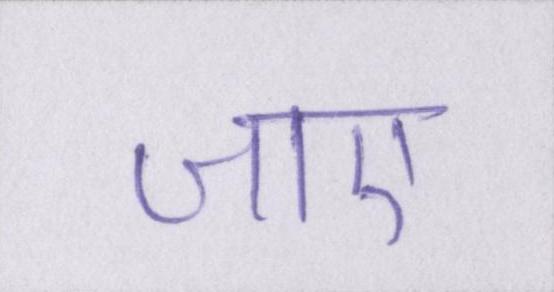
जाए